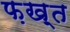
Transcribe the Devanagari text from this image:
फ़ख़्त